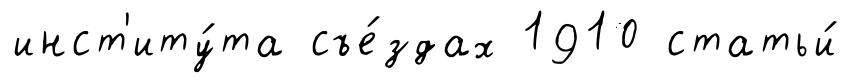
инст'иту́та съе́здах 1910 статьи́